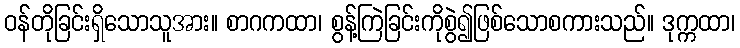
ဝန်တိုခြင်းရှိသောသူအား။ စာဂကထာ၊ စွန့်ကြဲခြင်းကိုစွဲ၍ဖြစ်သောစကားသည်။ ဒုက္ကထာ၊